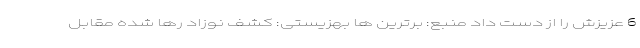
6 عزیزش را از دست داد منبع: برترین ها بهزیستی: کشف نوزاد رها شده مقابل